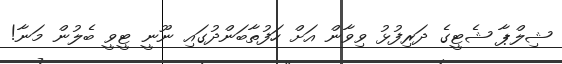
ޝިލްޕާ ޝެޓީގެ ދަރިފުޅު ވިވާން އަށް ހަފުތާބަންދުގައި ނޫނީ ޓީވީ ބެލުން މަނާ!